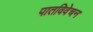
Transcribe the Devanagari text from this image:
पातविवेचन